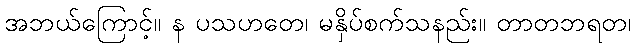
အဘယ်ကြောင့်။ န ပသဟတေ၊ မနှိပ်စက်သနည်း။ တာတဘရတ၊